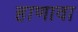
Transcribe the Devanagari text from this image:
हाणावा